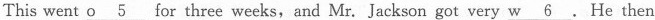
This went \underline{o 5}for three weeks, and Mr. Jackson got very \underline{w 6}. He then